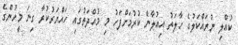
ކުއްލި ނުރައްކަލުގެ ހާލަތު އިއުލާން ކުރުމަށްފަހު މި މުއްދަތުގައި ހައްޔަރުކުރާ ގިނަ މީހުންގެ